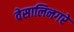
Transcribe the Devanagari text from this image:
वेसालिनगरे